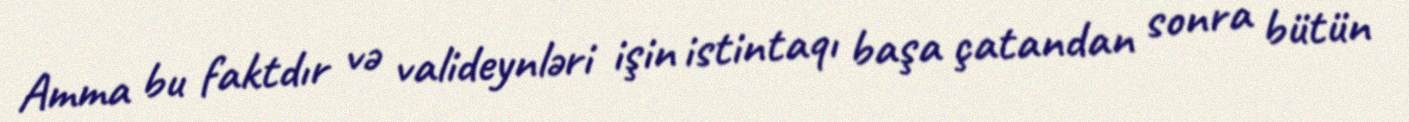
Amma bu faktdır və valideynləri işin istintaqı başa çatandan sonra bütün